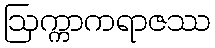
ဩက္ကာကရာဇဿ